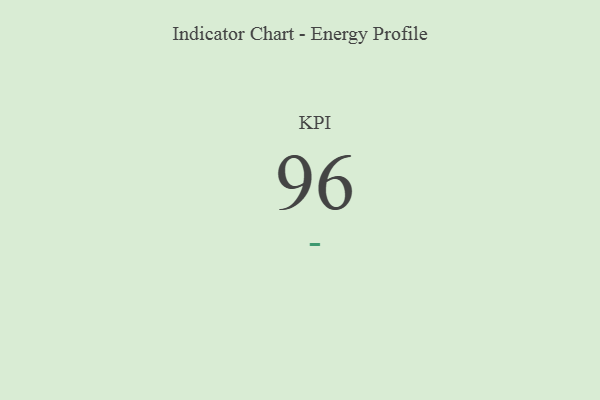
{"axis": {"x": "KPI", "y": "Value"}, "legend": [""], "data": [{"x": "KPI", "y": 96, "type": ""}]}